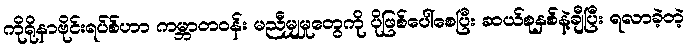
ကိုရိုနာဗိုင်းရပ်စ်ဟာ ကမ္ဘာတဝန်း မညီမျှမှုတွေကို ပိုဖြစ်ပေါ်စေပြီး ဆယ်စုနှစ်နဲ့ချီပြီး ရလာခဲ့တဲ့